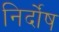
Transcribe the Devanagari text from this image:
निर्दोंष